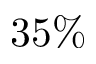
3 5 \%